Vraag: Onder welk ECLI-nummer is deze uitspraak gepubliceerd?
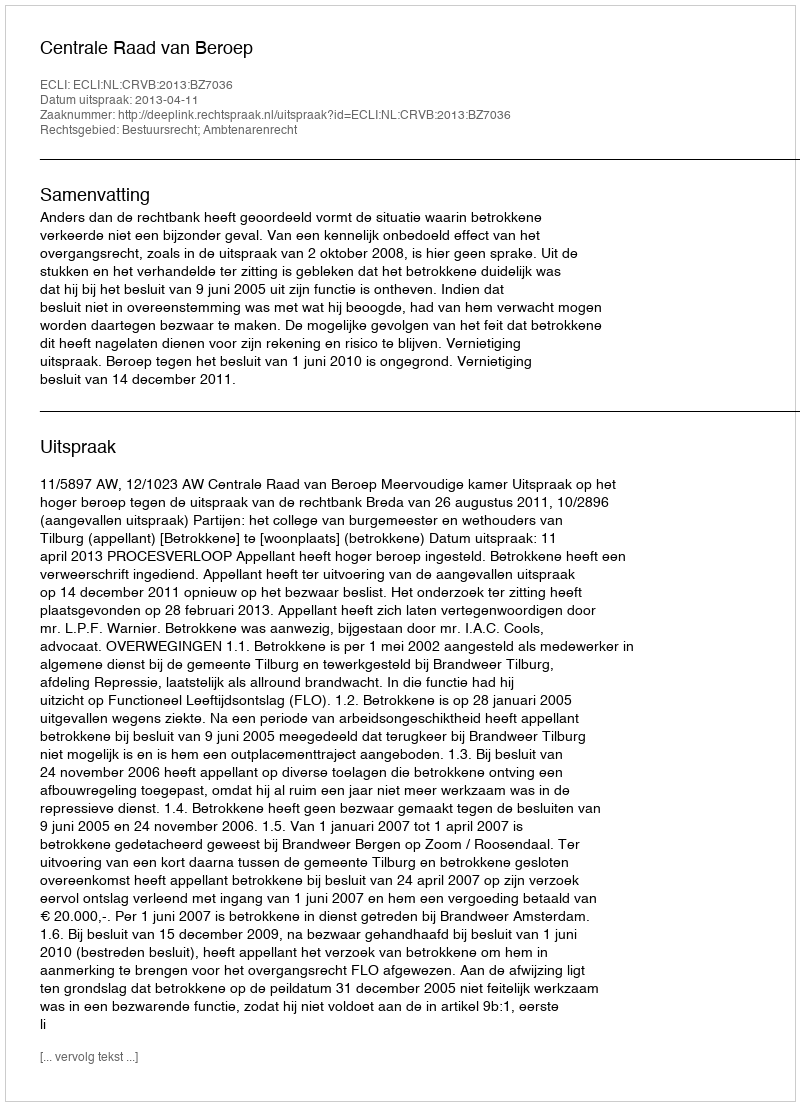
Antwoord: ECLI:NL:CRVB:2013:BZ7036